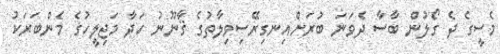
މެސީގެ ދެ ގޯލުން ބާސާ ދެވަނަ ބުރަށްއިނގިރޭސިވިލާތުގެ ޤާނޫނު ހަދާ މަޖިލީހުގެ މެންބަރަކު